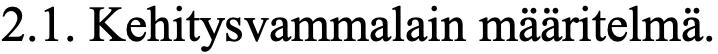
2.1. Kehitysvammalain määritelmä.